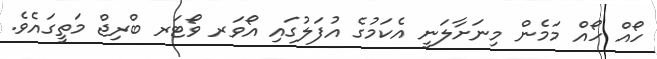
ހޯއް ހޯއް މަމެން މިނަށާލަނީ އެކަމުގެ އުފަލުގައި އޯވަރ ވޯޓަރ ބްރިޖް މަތީގައެވެ.